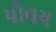
પૌલય